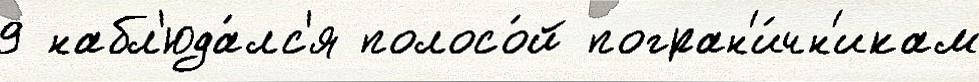
9 набл'юда́лс'я полосо́й погран'и́чн'икам